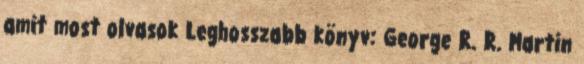
amit most olvasok Leghosszabb könyv: George R. R. Martin